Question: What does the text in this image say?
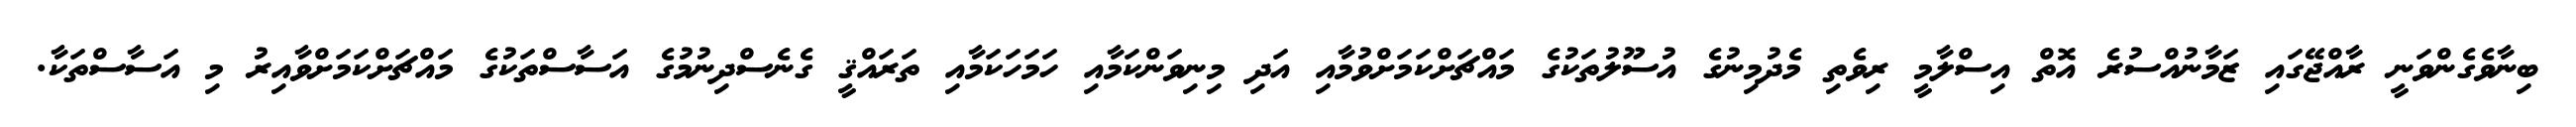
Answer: ބިނާވެގެންވަނީ ރާއްޖޭގައި ޒަމާނުއްސުރެ އޮތް އިސްލާމީ ރިވެތި މެދުމިނުގެ އުސޫލުތަކުގެ މައްޗަށްކަމަށްވުމާއި އަދި މިނިވަންކަމާއި ހަމަހަކަމާއި ތަރައްޤީ ގެނެސްދިނުމުގެ އަސާސްތަކުގެ މައްޗަށްކަމަށްވާއިރު މި އަސާސްތަކާ.